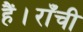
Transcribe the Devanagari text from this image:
हैं।राँची